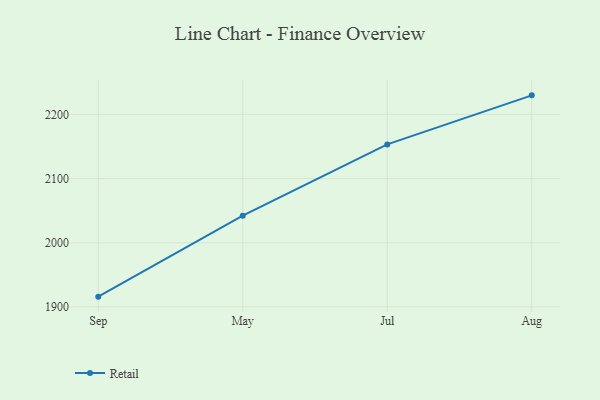
{"axis": {"x": "Month", "y": "Energy Usage (MWh)"}, "legend": ["Retail"], "data": [{"x": "Sep", "y": 1916.0, "type": "Retail"}, {"x": "May", "y": 2042.2, "type": "Retail"}, {"x": "Jul", "y": 2153.3, "type": "Retail"}, {"x": "Aug", "y": 2229.7, "type": "Retail"}]}